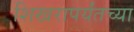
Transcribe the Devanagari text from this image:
शिखरापर्यंतच्या